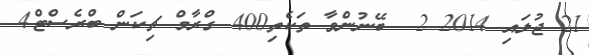
21 ޖުލައި 2014 2  ބޭނުންވާ ތަކެތި400 ގްރާމް ޗިކަން ބްރެސްޓް4